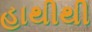
હાથીથી